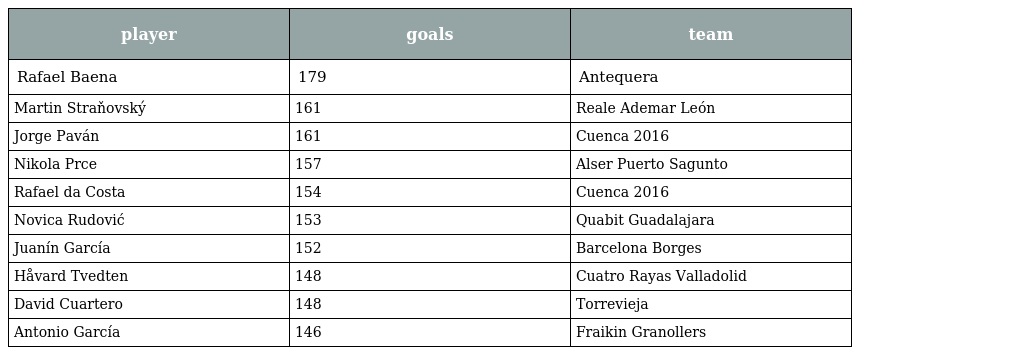
| player | goals | team |
 | --- | --- | --- |
 | Rafael Baena | 179 | Antequera |
 | Martin Straňovský | 161 | Reale Ademar León |
 | Jorge Paván | 161 | Cuenca 2016 |
 | Nikola Prce | 157 | Alser Puerto Sagunto |
 | Rafael da Costa | 154 | Cuenca 2016 |
 | Novica Rudović | 153 | Quabit Guadalajara |
 | Juanín García | 152 | Barcelona Borges |
 | Håvard Tvedten | 148 | Cuatro Rayas Valladolid |
 | David Cuartero | 148 | Torrevieja |
 | Antonio García | 146 | Fraikin Granollers |